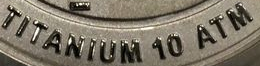
TITANIUM 10 ATM